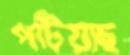
পটিয়াছ